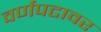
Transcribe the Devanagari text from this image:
वर्णपटावर